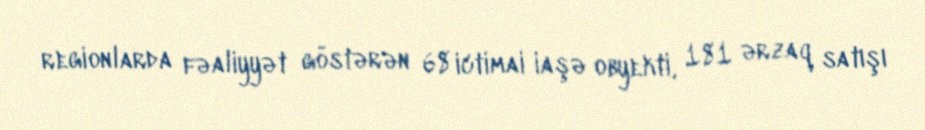
regionlarda fəaliyyət göstərən 68 ictimai iaşə obyekti, 181 ərzaq satışı